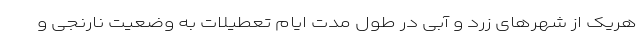
هریک از شهرهای زرد و آبی در طول مدت ایام تعطیلات به وضعیت نارنجی و